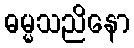
ဓမ္မသညိနော